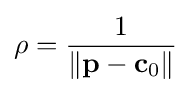
\rho ={\frac {1}{\left\Vert \mathbf {p} -\mathbf {c} _{0}\right\Vert }}